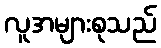
လူအများစုသည်